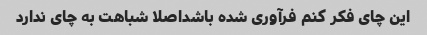
این چای فکر کنم فرآوری شده باشداصلا شباهت به چای ندارد